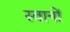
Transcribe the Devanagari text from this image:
स्वानों